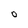
Character: O